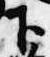
下